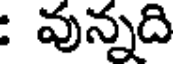
: వున్నది